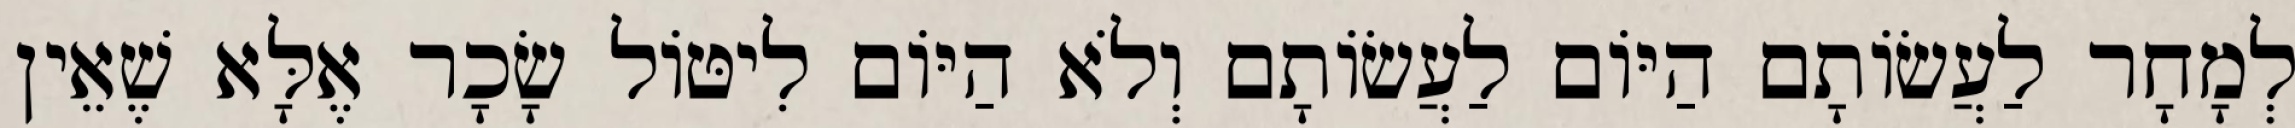
לְמָחָר לַעֲשׂוֹתָם הַיּוֹם לַעֲשׂוֹתָם וְלֹא הַיּוֹם לִיטּוֹל שָׂכָר אֶלָּא שֶׁאֵין